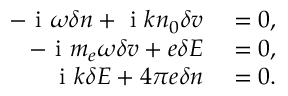
\begin{array} { r l } { - \textrm { i } \omega \delta n + \textrm { i } k n _ { 0 } \delta v } & { { } = 0 , } \\ { - \textrm { i } m _ { e } \omega \delta v + e \delta E } & { { } = 0 , } \\ { \textrm { i } k \delta E + 4 \pi e \delta n } & { { } = 0 . } \end{array}